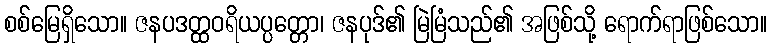
စစ်မြေရှိသော။ ဇနပဒတ္ထဝရိယပ္ပတ္တော၊ ဇနပုဒ်၏ မြဲမြံသည်၏ အဖြစ်သို့ ရောက်ရာဖြစ်သော။